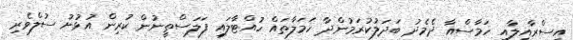
އިސްރާއީލާއި ހަމާސްއާ ދެމެދު ބަދަލުކުރަމުންދާ ހަމަލާތައް ހުއްޓާލައި ފަލަސްތީނުން ކުރިން އުޅުނު ސުލްވެރި